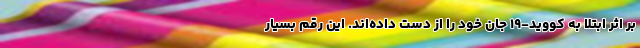
بر اثر ابتلا به کووید-۱۹ جان خود را از دست داده‌اند. این رقم بسیار